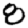
Digit: 8